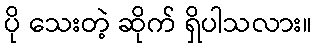
ပို သေးတဲ့ ဆိုက် ရှိပါသလား။